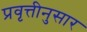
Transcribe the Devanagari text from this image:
प्रवृत्तीनुसार